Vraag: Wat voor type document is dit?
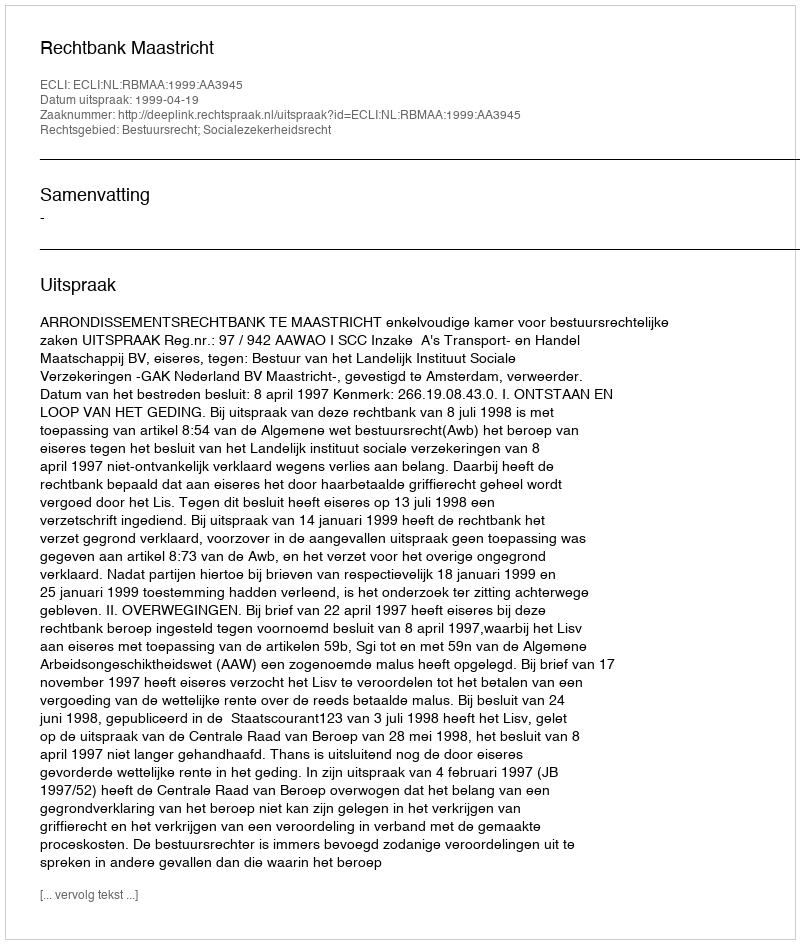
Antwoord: Uitspraak